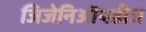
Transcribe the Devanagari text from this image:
जिजेनिऑयडीज